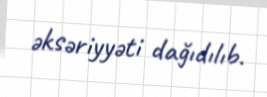
əksəriyyəti dağıdılıb.